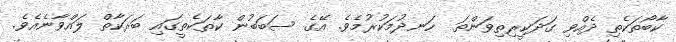
ކާބޯތަކެތި ދެއްވި ގަދަކީރިތިވަންތަ  ހަނދުމަކުރުމެވެ. އޭގެ ސަބަބުން ކާތަކެތީގައި ބަރަކާތް ލައްވާނެއެވެ.